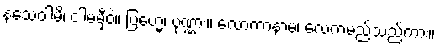
နသေဝါမိ၊ ငါမမှီဝဲ။ ဗြဟ္မေ၊ ပုဏ္ဏား။ လောကာနာမ၊ လေကမည်သည်ကား။